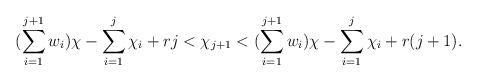
LaTeX: \begin{align*} (\sum\limits_{i=1}^{j+1}w_i)\chi - \sum\limits_{i=1}^{j}\chi_i + rj < \chi_{j+1} < (\sum\limits_{i=1}^{j+1}w_i)\chi - \sum\limits_{i=1}^{j}\chi_i + r(j+1). \end{align*}